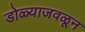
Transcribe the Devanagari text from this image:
डोळ्याजवळून